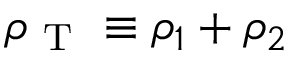
\rho _ { \mathrm { ~ T ~ } } \equiv \rho _ { 1 } + \rho _ { 2 }